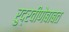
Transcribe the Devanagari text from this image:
रुद्रवीणेबाबत